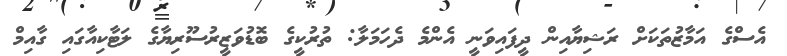
އެސްގެ އަމާޒުތަކަށް ރަޝިޔާއިން ދީފައިވަނީ އެންމެ ދެހަމަލާ: ތުރުކީގެ ބޮޑުވަޒީރުސޫރިޔާގެ ލަޓާކިއާގައި ގާއިމް